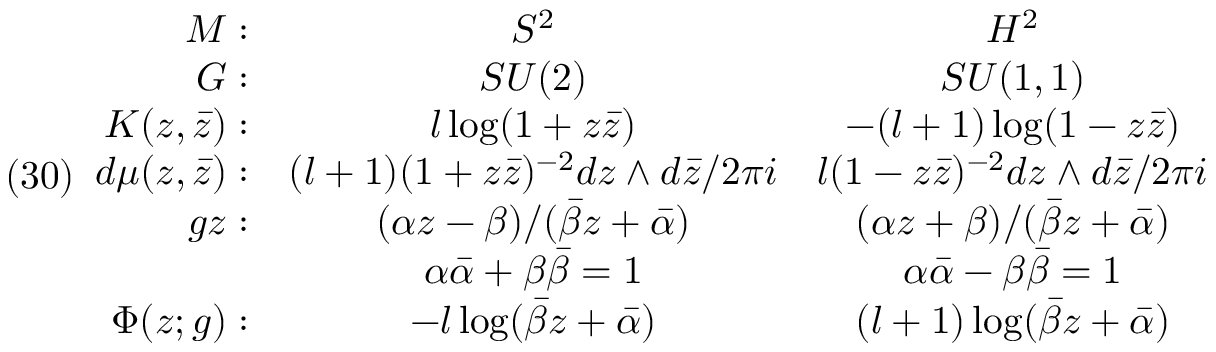
( 3 0 ) \begin{array} { r c c } { { { \cal M } : } } & { { S ^ { 2 } } } & { { H ^ { 2 } } } \\ { { { \cal G } : } } & { { S U ( 2 ) } } & { { S U ( 1 , 1 ) } } \\ { { K ( z , \bar { z } ) : } } & { { l \log ( 1 + z \bar { z } ) } } & { { - ( l + 1 ) \log ( 1 - z \bar { z } ) } } \\ { { d \mu ( z , \bar { z } ) : } } & { { ( l + 1 ) ( 1 + z \bar { z } ) ^ { - 2 } d z \wedge d \bar { z } / 2 \pi i } } & { { l ( 1 - z \bar { z } ) ^ { - 2 } d z \wedge d \bar { z } / 2 \pi i } } \\ { { g z : } } & { { ( \alpha z - \beta ) / ( \bar { \beta } z + \bar { \alpha } ) } } & { { ( \alpha z + \beta ) / ( \bar { \beta } z + \bar { \alpha } ) } } \\ { { \; } } & { { \alpha \bar { \alpha } + \beta \bar { \beta } = 1 } } & { { \alpha \bar { \alpha } - \beta \bar { \beta } = 1 } } \\ { { \Phi ( z ; g ) : } } & { { - l \log ( \bar { \beta } z + \bar { \alpha } ) } } & { { ( l + 1 ) \log ( \bar { \beta } z + \bar { \alpha } ) } } \end{array}